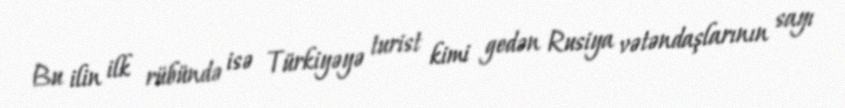
Bu ilin ilk rübündə isə Türkiyəyə turist kimi gedən Rusiya vətəndaşlarının sayı